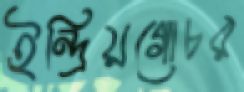
ইন্দ্রিয়গোচর